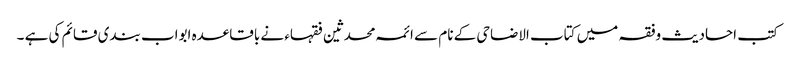
کتب احادیث وفقہ میں کتاب الاضاحی کے نام سے ائمہ محدثین فقہاء نے باقاعدہ ابواب بندی قائم کی ہے ۔